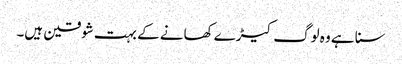
سنا ہے وہ لوگ کیڑے کھانے کے بہت شوقین ہیں۔